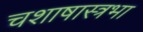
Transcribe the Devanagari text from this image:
चशाषास्त्रभा